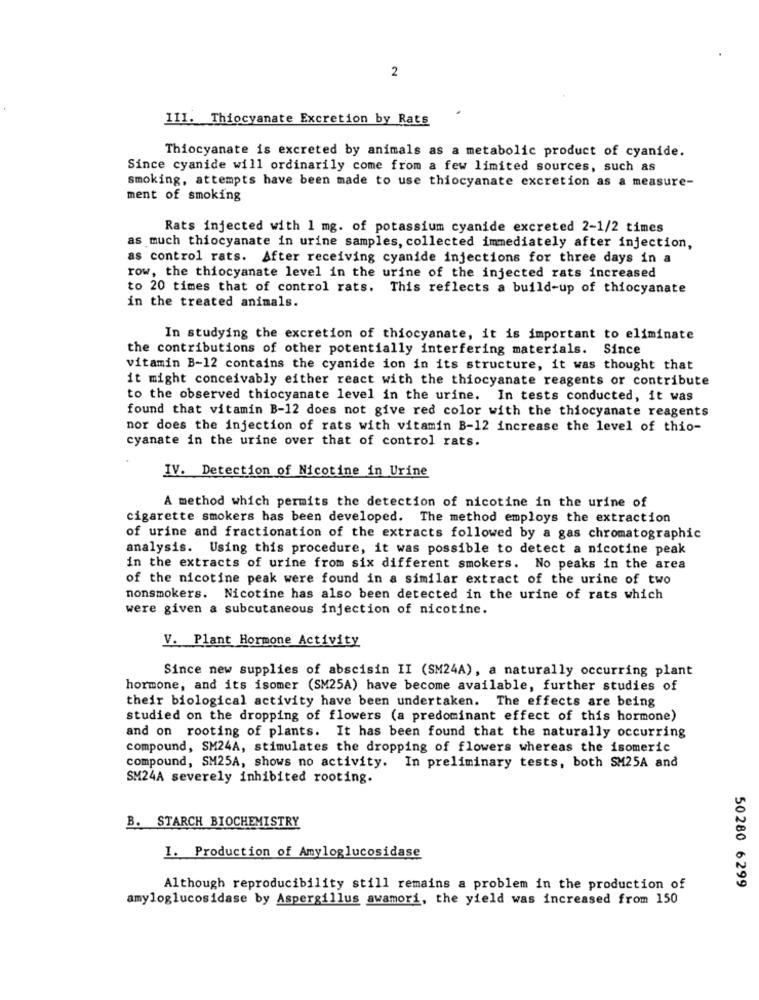
2
III. Thiocyanate Excretion by Rats
Thiocyanate is excreted by animals as a metabolic product of cyanide.
Since cyanide will ordinarily come from a few limited sources, such as
smoking, attempts have been made to use thiocyanate excretion as a measure-
ment of smoking
Rats injected with 1 mg. of potassium cyanide excreted 2-1/2 times
as much thiocyanate in urine samples, collected immediately after injection,
as control rats. After receiving cyanide injections for three days in a
row, the thiocyanate level in the urine of the injected rats increased
to 20 times that of control rats. This reflects a build-up of thiocyanate
in the treated animals.
In studying the excretion of thiocyanate, it is important to eliminate
the contributions of other potentially interfering materials. Since
vitamin B-12 contains the cyanide ion in its structure, it was thought that
it might conceivably either react with the thiocyanate reagents or contribute
to the observed thiocyanate level in the urine. In tests conducted, it was
found that vitamin B-12 does not give red color with the thiocyanate reagents
nor does the injection of rats with vitamin B-12 increase the level of thio-
cyanate in the urine over that of control rats.
IV. Detection of Nicotine in Urine
A method which permits the detection of nicotine in the urine of
cigarette smokers has been developed. The method employs the extraction
of urine and fractionation of the extracts followed by a gas chromatographic
analysis. Using this procedure, it was possible to detect a nicotine peak
in the extracts of urine from six different smokers. No peaks in the area
of the nicotine peak were found in a similar extract of the urine of two
nonsmokers. Nicotine has also been detected in the urine of rats which
were given a subcutaneous injection of nicotine.
V. Plant Hormone Activity
Since new supplies of abscisin II (SM24A), a naturally occurring plant
hormone, and its isomer (SM25A) have become available, further studies of
their biological activity have been undertaken. The effects are being
studied on the dropping of flowers (a predominant effect of this hormone)
and on rooting of plants. It has been found that the naturally occurring
compound, SM24A, stimulates the dropping of flowers whereas the isomeric
compound, SM25A, shows no activity. In preliminary tests, both SM25A and
SM24A severely inhibited rooting.
B. STARCH BIOCHEMISTRY
I. Production of Amyloglucosidase
Although reproducibility still remains a problem in the production of
50280 6299
amyloglucosidase by Aspergillus awamori, the yield was increased from 150